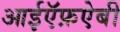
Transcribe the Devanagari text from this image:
आईऍफ़ऐबी